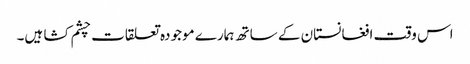
اس وقت افغانستان کے ساتھ ہمارے موجودہ تعلقات چشم کشا ہیں۔